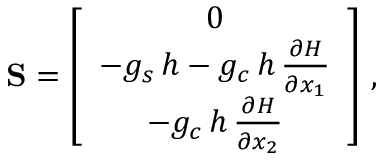
{ \bf S } = \left[ \begin{array} { c } { 0 } \\ { - g _ { s } \, { h } - g _ { c } \, { h } \, \frac { \partial { H } } { \partial { x } _ { 1 } } } \\ { - g _ { c } \, { h } \, \frac { \partial { H } } { \partial { x } _ { 2 } } } \end{array} \right] \, ,